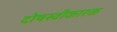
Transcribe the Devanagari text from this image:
दोषस्वीकारक